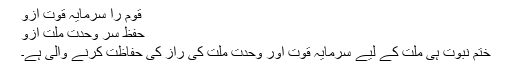
قوم را سرمایہ قوت ازو
حفظ سر وحدت ملت ازو
ختم نبوت ہی ملت کے لیے سرمایہ قوت اور وحدت ملت کی راز کی حفاظت کرنے والی ہے۔